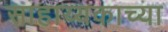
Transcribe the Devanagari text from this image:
साहाय्यकाच्या